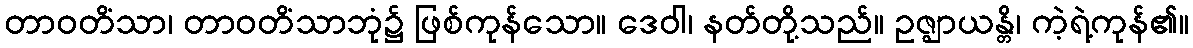
တာဝတိံသာ၊ တာဝတိံသာဘုံ၌ ဖြစ်ကုန်သော။ ဒေဝါ၊ နတ်တို့သည်။ ဥဇ္ဈာယန္တိ၊ ကဲ့ရဲ့ကုန်၏။